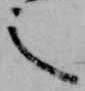
之